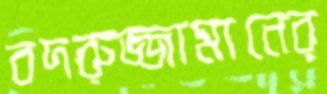
বদরুজ্জামানের